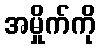
အမှိုက်ကို